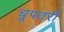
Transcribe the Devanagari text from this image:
धूपतरी